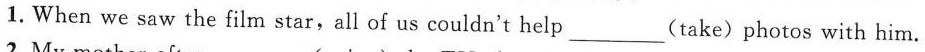
1. When we saw the film star,all of us couldn't help ___(take) photos with him.